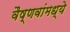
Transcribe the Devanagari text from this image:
वैष्णवांमध्ये